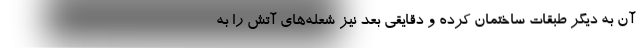
آن به دیگر طبقات ساختمان کرده و دقایقی بعد نیز شعله‌های آتش را به